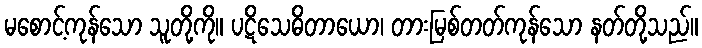
မစောင့်ကုန်သော သူတို့ကို။ ပဋိသေဓိတာယော၊ တားမြစ်တတ်ကုန်သော နတ်တို့သည်။